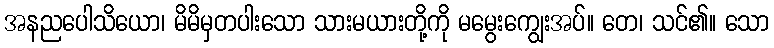
အနညပေါသိယော၊ မိမိမှတပါးသော သားမယားတို့ကို မမွေးကျွေးအပ်။ တေ၊ သင်၏။ သော